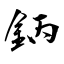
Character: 鈵